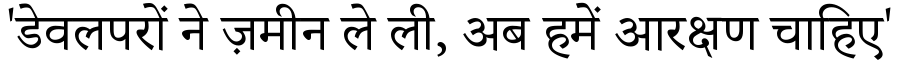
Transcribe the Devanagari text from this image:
'डेवलपरों ने ज़मीन ले ली, अब हमें आरक्षण चाहिए'